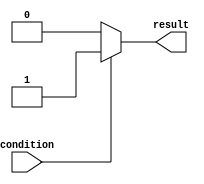
module if_else_statement(
    input wire condition,
    output reg result
);

always @(*)
begin
    if (~condition) begin
        // execute block of code if condition is false
        result = 0;
    end
    else begin
        // execute block of code if condition is true
        result = 1;
    end
end

endmodule